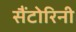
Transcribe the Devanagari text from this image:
सैंटोरिनी